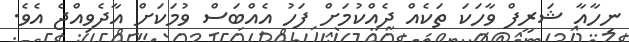
ނިހާއާ ޝަރީފް ވާހަކަ ތަކެއް ދެއްކުމަށް ފަހު އެއްބަސް ވުމަކަށް އާދެވިއްޖެ އެވެ.